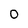
Character: 0